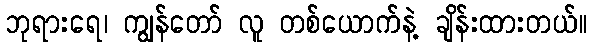
ဘုရားရေ၊ ကျွန်တော် လူ တစ်ယောက်နဲ့ ချိန်းထားတယ်။